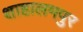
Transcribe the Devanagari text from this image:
शाहालमपुर